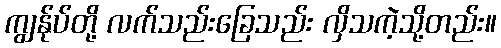
ကျွန်ုပ်တို့ လက်သည်းခြေသည်း လှိသကဲ့သို့တည်း။